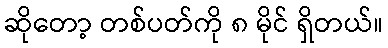
ဆိုတော့ တစ်ပတ်ကို ၈ မိုင် ရှိတယ်။